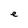
Character: e